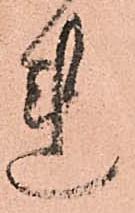
れ